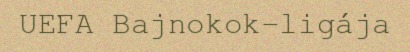
UEFA Bajnokok-ligája